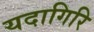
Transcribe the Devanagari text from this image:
यदागिरि